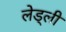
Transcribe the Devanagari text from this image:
लेड्ली